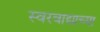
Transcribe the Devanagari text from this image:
स्वरवाद्याच्या